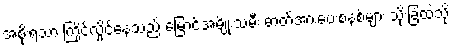
အစိုးရသာ ကြိုင်လှိုင်နေသည် မြောင်အမျိုးသမီး ဓာတ်အားပေးစနစ်များ သိုးခြံထဲသို့